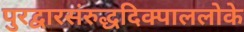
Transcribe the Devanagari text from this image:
पुरद्वारसंरुद्धदिक्पाललोके